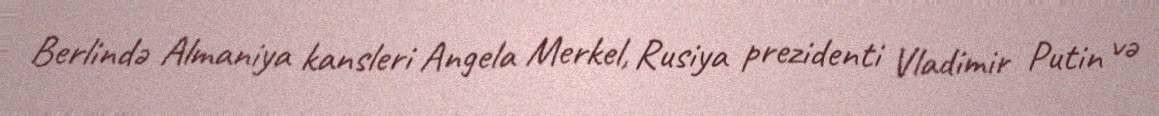
Berlində Almaniya kansleri Angela Merkel, Rusiya prezidenti Vladimir Putin və